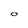
Character: O